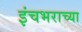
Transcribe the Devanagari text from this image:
इंचभराच्या